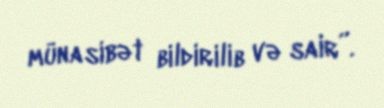
münasibət bildirilib və sair”.